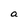
Character: a